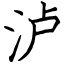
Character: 泸